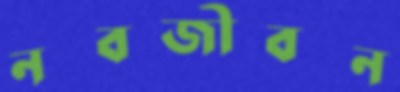
নবজীবন